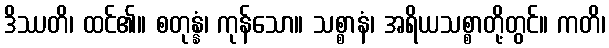
ဒိဿတိ၊ ထင်၏။ စတုန္နံ၊ ကုန်သော။ သစ္စာနံ၊ အရိယသစ္စာတို့တွင်။ ကတိ၊